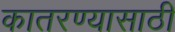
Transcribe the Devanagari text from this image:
कातरण्यासाठी